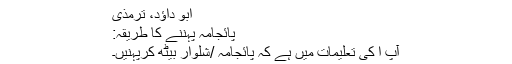
ابو داؤد، ترمذی
پائجامہ پہننے کا طریقہ:
آپ ا کی تعلیمات میں ہے کہ پائجامہ /شلوار بیٹھ کرپہنیں۔